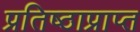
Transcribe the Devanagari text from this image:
प्रतिष्ठाप्राप्त